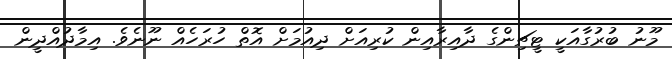
މޫނު ބުރުގާއަކީ ޓީޗިންގެ ދާއިރާއިން ކުރިއަށް ދިއުމަށް އޮތް ހުރަހެއް ނޫނެވެ. އިމާދުއްދީން